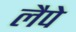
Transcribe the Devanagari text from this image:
लैपे